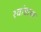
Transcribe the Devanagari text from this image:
रवांडाचा